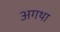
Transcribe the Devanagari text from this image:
अगथा